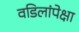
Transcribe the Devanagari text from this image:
वडिलांपेक्षा